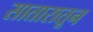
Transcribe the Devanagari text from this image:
सातारातून